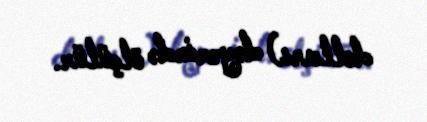
dolları) dəyərində ölçülür.